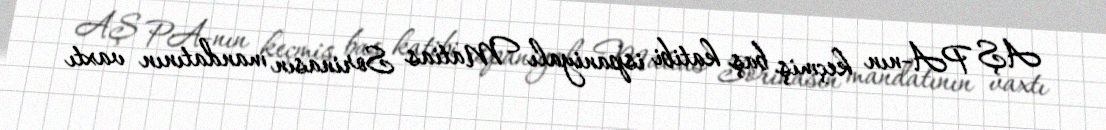
AŞ PA-nın keçmiş baş katibi ispaniyalı Matias Sorinasın mandatının vaxtı